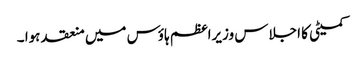
کمیٹی کا اجلاس وزیراعظم ہاؤس میں منعقد ہوا ۔